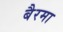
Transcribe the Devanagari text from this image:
बैरमा